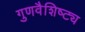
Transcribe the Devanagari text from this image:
गुणवैशिष्ट्य